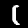
Digit: 1